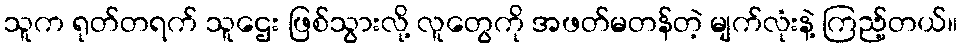
သူက ရုတ်တရက် သူဌေး ဖြစ်သွားလို့ လူတွေကို အဖတ်မတန်တဲ့ မျက်လုံးနဲ့ ကြည့်တယ်။